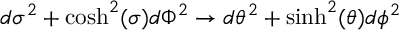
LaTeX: d \sigma ^ { 2 } + \cosh ^ { 2 } ( \sigma ) d \Phi ^ { 2 } \to d \theta ^ { 2 } + \sinh ^ { 2 } ( \theta ) d \phi ^ { 2 }